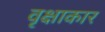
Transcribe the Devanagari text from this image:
वृक्षाकार